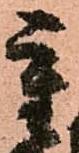
重